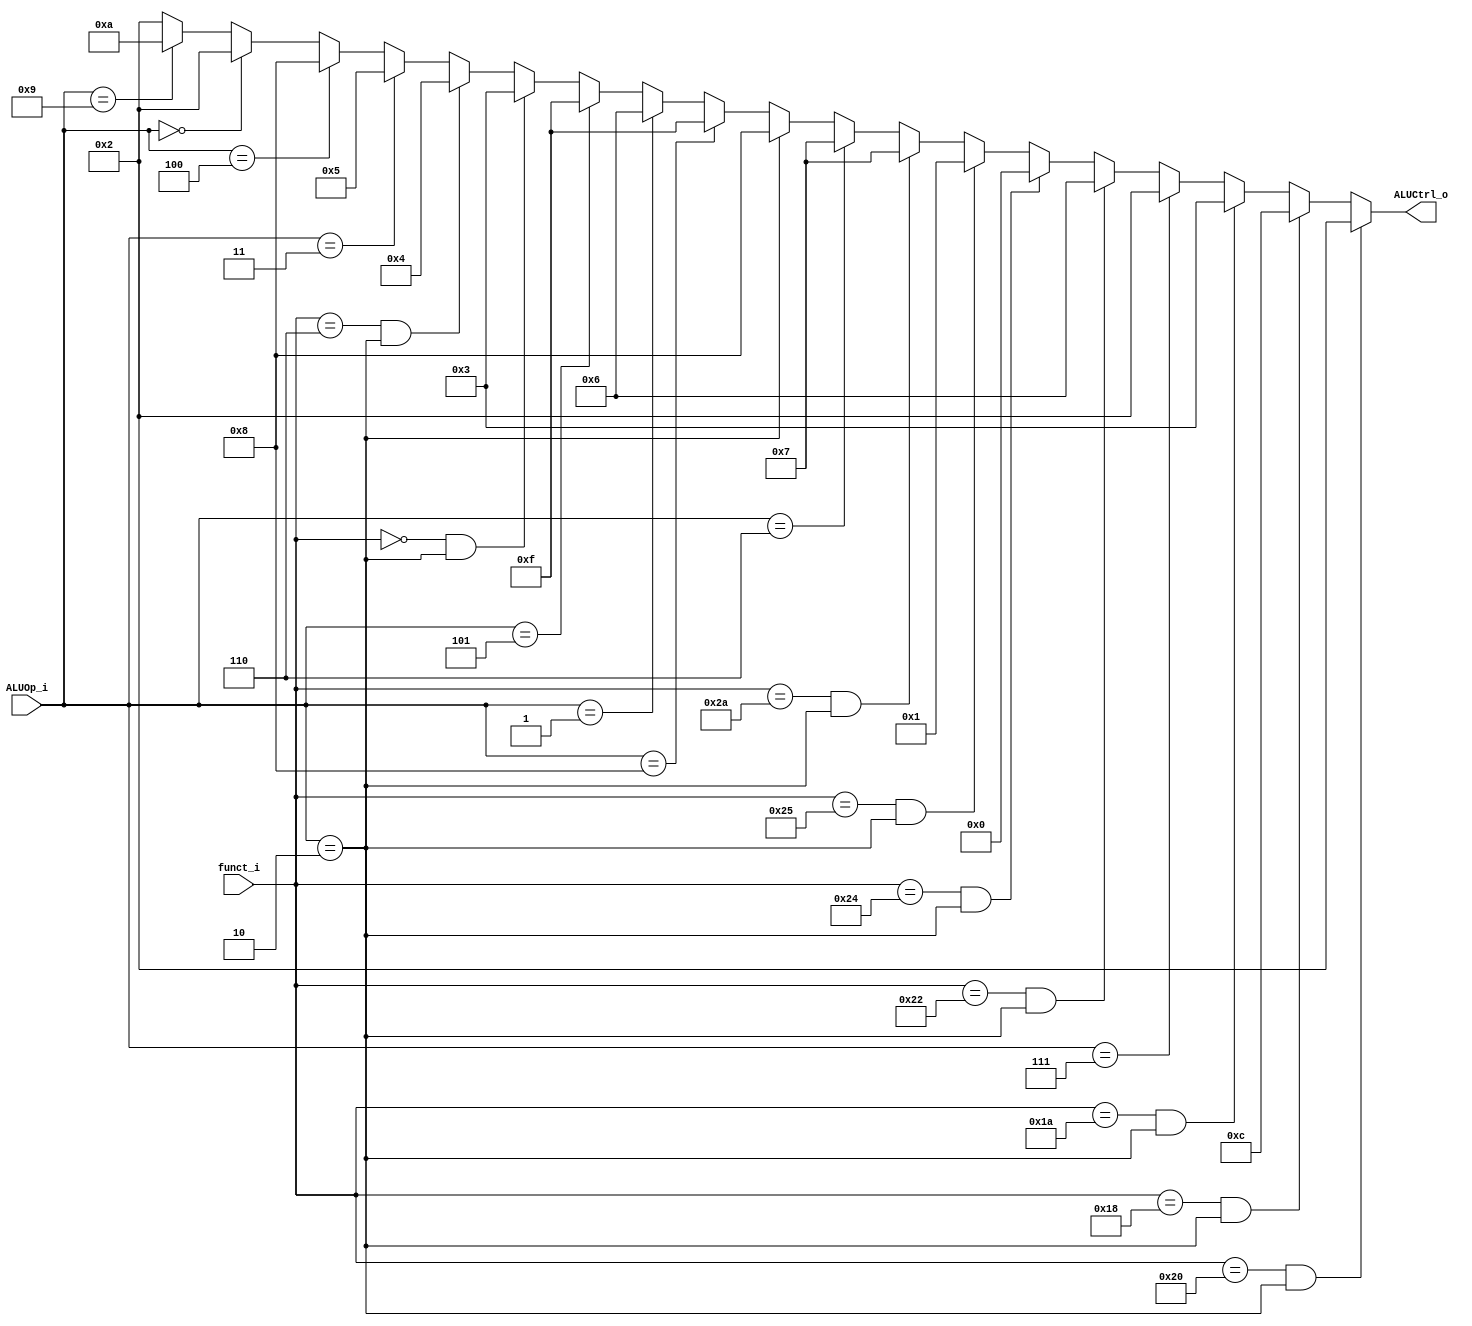
//Subject:     CO project 2 - ALU Controller
//--------------------------------------------------------------------------------
//Version:     1
//--------------------------------------------------------------------------------
//Writer:      
//----------------------------------------------
//Date:        
//----------------------------------------------
//Description: 
//--------------------------------------------------------------------------------

module ALU_Ctrl(
          funct_i,
          ALUOp_i,
          ALUCtrl_o
          );
          
//I/O ports 
input      [6-1:0] funct_i;
input      [4-1:0] ALUOp_i;

output     [4-1:0] ALUCtrl_o;    
     
//Internal Signals
reg        [4-1:0] ALUCtrl_o;


/*
alu_ctrl:
0000 &
0001 |
0010 +
0110 -
1100 * (mult)
0011 / (div)
0111 A<B? 1:0
0011 shift
0100 shift logic var
0101 load upper imme
0001 or imme  ( or P)
1111 branch not equal
1000 branch greater than
1001 branch non equal zero
1010 branch greater equal zreo


instr_op_i:
0000  --> arithmetic
0111  --> addi
0001  --> beq
0110  --> slti
0011  --> lui
0100  --> ori
0101  --> bne
0010  --> bgt
1000  --> bnez
1001  --> bgez
1010  --> li
*/
      
//Select exact operation
always @(*)
begin
  if(funct_i==6'b100000 && ALUOp_i==4'b0010)  //add
    ALUCtrl_o = 4'b0010;
  else if(funct_i==6'd24 && ALUOp_i==4'b0010)  //mult
    ALUCtrl_o = 4'b1100;
  else if(funct_i==6'd26 && ALUOp_i==4'b0010)  //div
    ALUCtrl_o = 4'b0011;
  else if(ALUOp_i==4'b0111)  //addi
    ALUCtrl_o = 4'b0010; 
  else if(funct_i==6'b100010 && ALUOp_i==4'b0010)  //sub
     ALUCtrl_o = 4'b0110;
  else if(funct_i==6'b100100 && ALUOp_i==4'b0010)   //and
     ALUCtrl_o = 4'b0000;
  else if(funct_i==6'd37 && ALUOp_i==4'b0010)  //or
     ALUCtrl_o = 4'b0001;
  else if(funct_i==6'b101010 && ALUOp_i==4'b0010)   //slt
     ALUCtrl_o = 4'b0111; 
  else if(ALUOp_i==4'b0110)   //slti
     ALUCtrl_o = 4'b0111;
  else if(ALUOp_i==4'b0010)   //bgt
     ALUCtrl_o = 4'b1000;
  else if(ALUOp_i==4'b1000)   //bnez
     ALUCtrl_o = 4'b1111;  
  else if(ALUOp_i==4'b0001)   //beq
     ALUCtrl_o = 4'b0110;
  else if(ALUOp_i==4'b0101)   //bne
     ALUCtrl_o = 4'b1111;
  else if(funct_i==6'b000000 && ALUOp_i==4'b0010)  //sll
     ALUCtrl_o = 4'b0011;
  else if(funct_i==6'd6 && ALUOp_i==4'b0010)  //sll var
     ALUCtrl_o = 4'b0100;
  else if( ALUOp_i==4'b0011)  //load upper imme
     ALUCtrl_o = 4'b0101;
  else if( ALUOp_i==4'b0100)  //or imme
     ALUCtrl_o = 4'b1000;
  else if( ALUOp_i==4'b0000)  //lw,sw
     ALUCtrl_o = 4'b0010;
  else if(ALUOp_i==4'b1001)    //bgez
     ALUCtrl_o = 4'b1010;
  else  ALUCtrl_o = 4'b0010;
end
endmodule